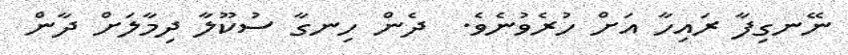
ނޭނގިފާ ރައިހާ އަށް ހުރެވުނެވެ.  ދެން ހިނގާ ސުކޫލާ ދިމާލަށް ދާން